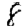
Digit: 8